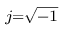
\scriptstyle { j = { \sqrt { - 1 } } }